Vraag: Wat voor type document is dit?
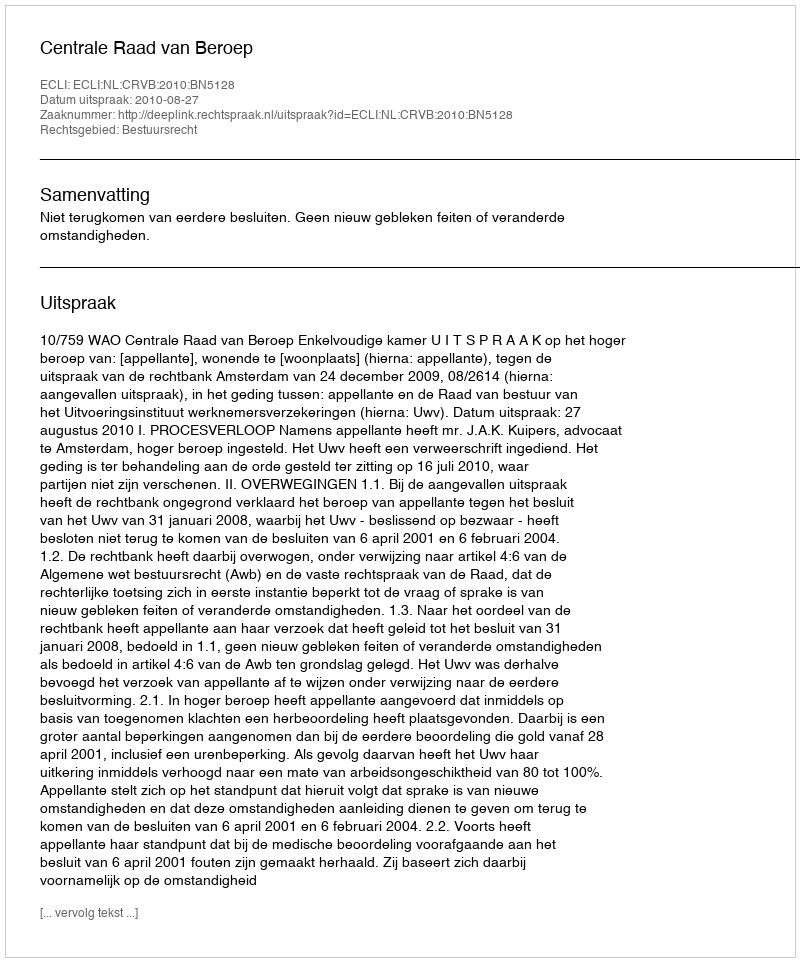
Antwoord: Uitspraak